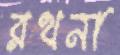
রথনা